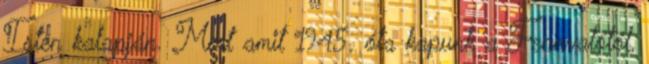
Isten kalapján. Mert amit 1945. óta kapunk a Fennvalótól,